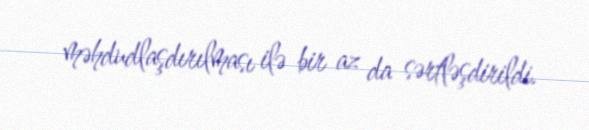
məhdudlaşdırılması ilə bir az da sərtləşdirildi.